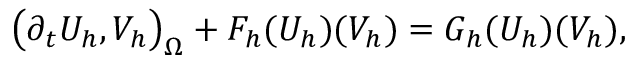
\big ( \partial _ { t } U _ { h } , V _ { h } \big ) _ { \Omega } + F _ { h } ( U _ { h } ) ( V _ { h } ) = G _ { h } ( U _ { h } ) ( V _ { h } ) ,